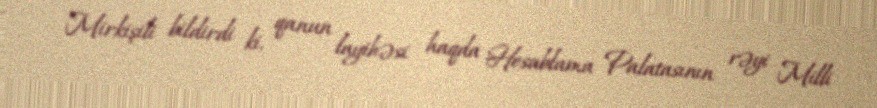
Mirkişili bildirdi ki, qanun layihəsi haqda Hesablama Palatasının rəyi Milli